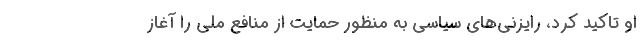
او تاکید کرد، رایزنی‌های سیاسی به منظور حمایت از منافع ملی را آغاز